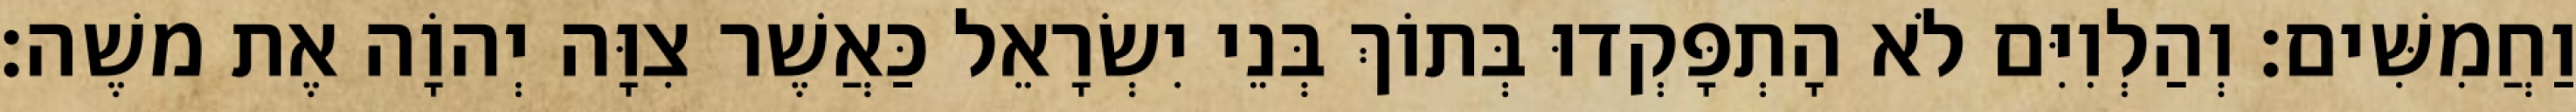
וַחֲמִשִּׁים׃ וְהַלְוִיִּם לֹא הָתְפָּקְדוּ בְּתוֹךְ בְּנֵי יִשְׂרָאֵל כַּאֲשֶׁר צִוָּה יְהוָֹה אֶת משֶׁה׃